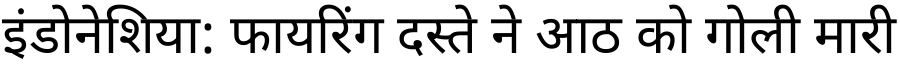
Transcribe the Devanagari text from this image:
इंडोनेशिया: फायरिंग दस्ते ने आठ को गोली मारी